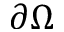
\partial \Omega